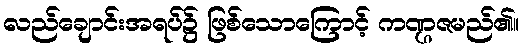
လည်ချောင်းအရပ်၌ ဖြစ်သောကြောင့် ကဏ္ဌဇမည်၏။